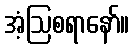
အံ့ဩစရာနော်။